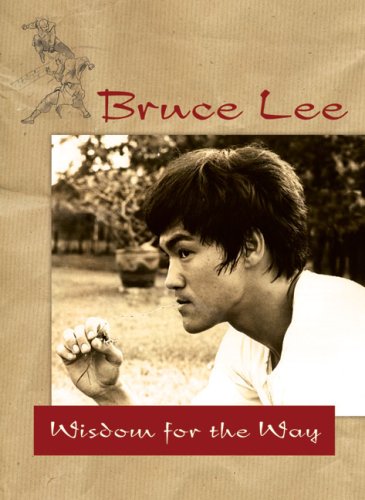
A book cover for Bruce Lee EE Wisdom for the Way; Bruce Lee; Sports & Outdoors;